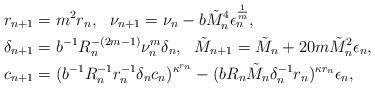
LaTeX: \begin{align*}r_{n+1}&=m^{2}r_{n},\ \ \nu_{n+1}=\nu_n-b\tilde M_n^4\epsilon_n^{\frac{1}{m}}, \\\delta_{n+1}&= {b}^{-1}R_n^{-(2m-1)} \nu_{n }^{m}\delta_{n}, \ \ \tilde{M}_{n+1} = \tilde{M}_{n}+20m\tilde M_n^2\epsilon_n, \\c_{n+1}&=( {b}^{-1}R_{n}^{-1}r_{n}^{-1}\delta_{n} c_{n})^{\kappa^{r_{n}}}-( {b}R_n \tilde{M}_{n}\delta_{n}^{-1}r_{n})^{\kappa r_{n}}\epsilon_{n},\end{align*}